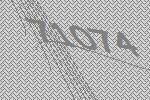
71074